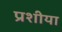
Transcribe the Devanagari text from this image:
प्रशीया